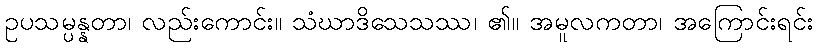
ဥပသမ္ပန္နတာ၊ လည်းကောင်း။ သံဃာဒိသေသဿ၊ ၏။ အမူလကတာ၊ အကြောင်းရင်း